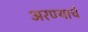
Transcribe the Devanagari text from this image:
अरण्याचे